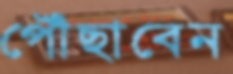
পৌঁছাবেন